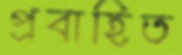
প্রবাহিত